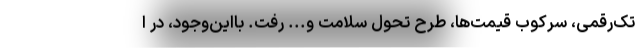
تک‌رقمی، سرکوب قیمت‌ها، طرح تحول سلامت و... رفت. بااین‌وجود، در ا